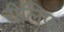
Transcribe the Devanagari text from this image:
रीलिफ़